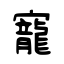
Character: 寵